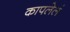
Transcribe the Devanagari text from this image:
कापलेलं